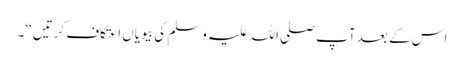
اس کے بعد آپ صلی اللہ علیہ وسلم کی بیویاں اعتکاف کرتیں‘‘۔